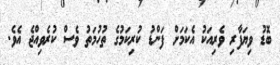
ބޮޑު ވިޔަފާރި ވެރިއަކު އެކަމަށް ފަންޑު ކުރިކަމުގެ ތުހުމަތު ވެސް ކުރެވިއްޖެ އެވެ.